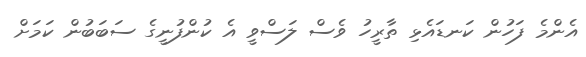
އެންމެ ފަހުން ކަނޑައެޅި ތާރީހު ވެސް ލަސްވީ އެ ކުންފުނީގެ ސަބަބުން ކަމަށް